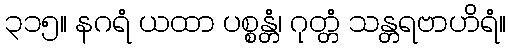
၃၁၅။ နဂရံ ယထာ ပစ္စန္တံ၊ ဂုတ္တံ သန္တရဗာဟိရံ။